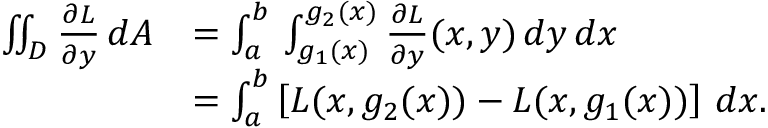
{ \begin{array} { r l } { \iint _ { D } { \frac { \partial L } { \partial y } } \, d A } & { = \int _ { a } ^ { b } \, \int _ { g _ { 1 } ( x ) } ^ { g _ { 2 } ( x ) } { \frac { \partial L } { \partial y } } ( x , y ) \, d y \, d x } \\ & { = \int _ { a } ^ { b } \left[ L ( x , g _ { 2 } ( x ) ) - L ( x , g _ { 1 } ( x ) ) \right] \, d x . } \end{array} }